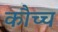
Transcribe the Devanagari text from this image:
कौच्च